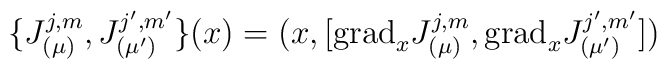
\{J^{j,m}_{(\mu )},J^{j',m'}_{(\mu ')}\}(x)=(x,[\mbox{grad}_xJ^{j,m}_{(\mu )},\mbox{grad}_xJ^{j',m'}_{(\mu ')}])